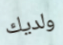
ولديك